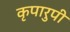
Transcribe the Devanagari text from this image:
कृपारुपी